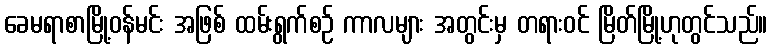
ခေမရာစာမြို့ဝန်မင်း အဖြစ် ထမ်းရွက်စဉ် ကာလများ အတွင်းမှ တရားဝင် မြိတ်မြို့ဟုတွင်သည်။